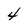
Character: 4